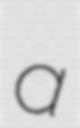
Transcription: a